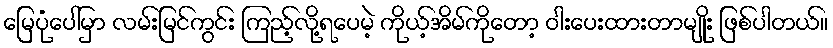
မြေပုံပေါ်မှာ လမ်းမြင်ကွင်း ကြည့်လို့ရပေမဲ့ ကိုယ့်အိမ်ကိုတော့ ဝါးပေးထားတာမျိုး ဖြစ်ပါတယ်။